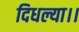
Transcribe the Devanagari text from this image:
दिधल्या।।